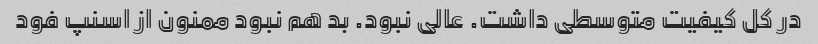
در کل کیفیت متوسطی داشت. عالی نبود. بد هم نبود ممنون از اسنپ فود